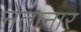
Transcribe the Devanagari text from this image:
नेतानार